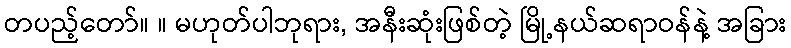
တပည့်တော်။ ။ မဟုတ်ပါဘုရား, အနီးဆုံးဖြစ်တဲ့ မြို့နယ်ဆရာဝန်နဲ့ အခြား